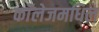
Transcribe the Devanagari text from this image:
काॅलेजमधिल